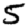
Digit: 5